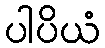
ပါပိယံ